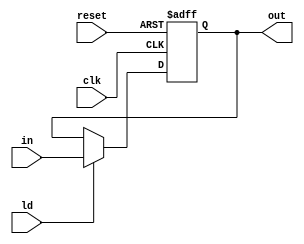
module Register(clk, reset,ld, in, out);

    parameter WIDTH = 16;
    input clk, reset,ld;
    input [WIDTH-1:0]in;
    output reg[WIDTH-1:0]out;


    always @(posedge clk, negedge reset) begin
        if (~reset) 
            out <= 0;
        else
            if(ld)
                out <= in;
    end

endmodule


module Registe_TB();

    wire [31:0]out;
    reg [31:0]in;
    reg clk, reset, ld;
    Register #(.WIDTH(32)) Reg1(clk, reset,ld, in, out);
    initial begin
        clk = 1'b0;
        repeat(100) #10 clk = ~clk;
    end

    initial begin
        reset = 1'b1;
        ld = 0;
        #2;
        reset = 1'b0;
        #25;
        reset = 1'b1;
        #5;
        in = 16'd154;
        ld = 1;
        #40;
        ld = 0;
        in = 16'd54;
        #20;
        ld = 1;
        in = 16'd15;
        #500;
        $stop;

    end





endmodule